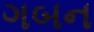
ગબન